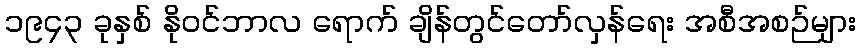
၁၉၄၃ ခုနှစ် နိုဝင်ဘာလ ရောက် ချိန်တွင်တော်လှန်ရေး အစီအစဉ်များ